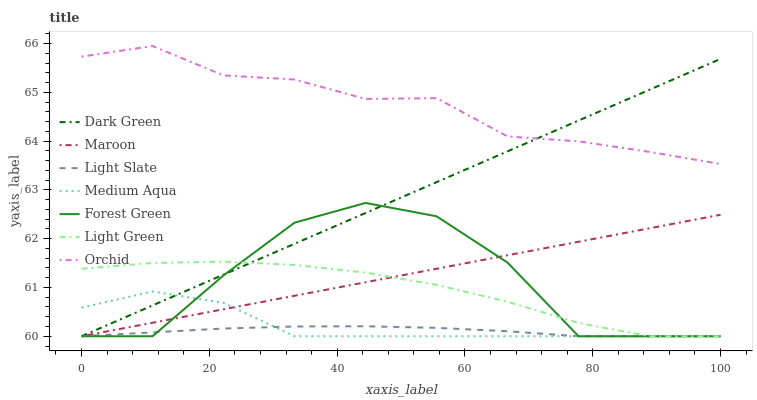
| xaxis_label | Dark Green | Maroon | Light Slate | Medium Aqua | Forest Green | Light Green | Orchid |
 | --- | --- | --- | --- | --- | --- | --- | --- |
 | 0 | 60 | 60 | 60 | 60.6 | 60 | 61.4 | 65.7 |
 | 11.1 | 60.6 | 60.3 | 60.1 | 60.9 | 60 | 61.5 | 66 |
 | 22.2 | 61.3 | 60.6 | 60.2 | 60.7 | 61.2 | 61.5 | 65.3 |
 | 33.3 | 61.9 | 60.8 | 60.2 | 60 | 62.3 | 61.5 | 65.3 |
 | 44.4 | 62.5 | 61.1 | 60.2 | 60 | 62.7 | 61.3 | 64.9 |
 | 55.6 | 63.2 | 61.4 | 60.2 | 60 | 62.5 | 61.1 | 64.9 |
 | 66.7 | 63.8 | 61.7 | 60.1 | 60 | 61.5 | 60.7 | 64.1 |
 | 77.8 | 64.4 | 61.9 | 60 | 60 | 60 | 60.3 | 64 |
 | 88.9 | 65.1 | 62.2 | 60 | 60 | 60 | 60 | 63.8 |
 | 100 | 65.7 | 62.5 | 60 | 60 | 60 | 60 | 63.5 |